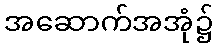
အဆောက်အအုံ၌